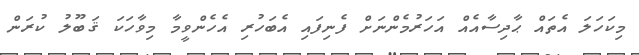
މިކަހަލަ އެތައް ޙާދިސާއެއް އަހަރުމެންނަށް ފެނިފައި އެބަހުރި އެހެންވީމާ މިވާހަކަ ޤަބޫލު ކުރަން